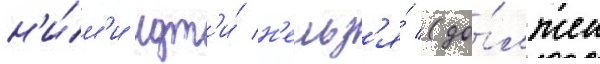
н'и́м'и идт'и́ н'ельз'я́ (до́лжен